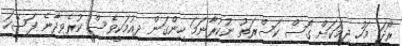
ރޯދަ މަހު ޖިމަކަށް ގޮސް ކަސްރަތު ނުކުރާނަމަ ހިންގަން ދިއުމަކީވެސް ކުރެވިދާނެ ފަސޭހަ